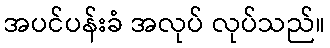
အပင်ပန်းခံ အလုပ် လုပ်သည်။